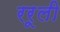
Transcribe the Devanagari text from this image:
ररूली